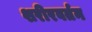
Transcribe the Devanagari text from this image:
शरीरवर्तन